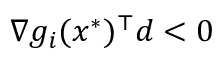
\nabla g _ { i } ( x ^ { * } ) ^ { \top } d < 0